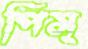
পিস্